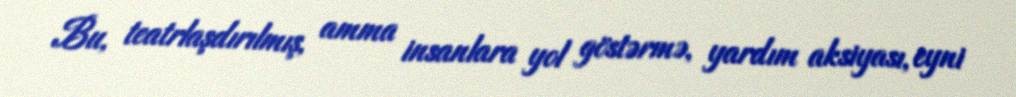
Bu, teatrlaşdırılmış, amma insanlara yol göstərmə, yardım aksiyası, eyni